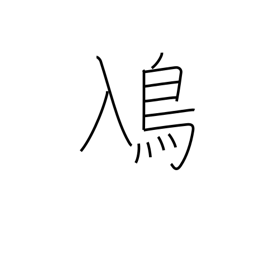
Meaning: grebe